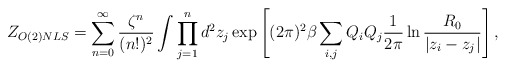
\begin{align*}Z_{O(2)NLS} = \sum_{n=0}^{\infty} {\zeta^n \over (n!)^2} \int \prod_{j=1}^{n} d^2z_j \exp \left[ (2\pi)^2 \beta \sum_{i,j} Q_i Q_j {1 \over 2\pi} \ln {R_0 \over |z_i-z_j|} \right] ,\end{align*}